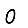
Digit: 0